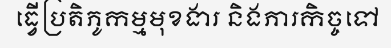
ធ្វើប្រតិភូកម្មមុខងារ និងភារកិច្ចទៅ